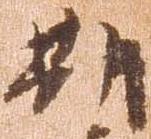
期